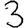
Digit: 3